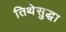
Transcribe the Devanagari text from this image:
तिथेसुद्धा